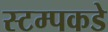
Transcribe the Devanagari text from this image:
स्टम्पकडे